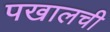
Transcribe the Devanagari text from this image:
पखालची